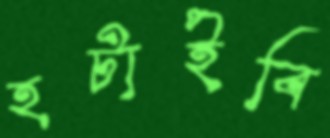
হটাইবি